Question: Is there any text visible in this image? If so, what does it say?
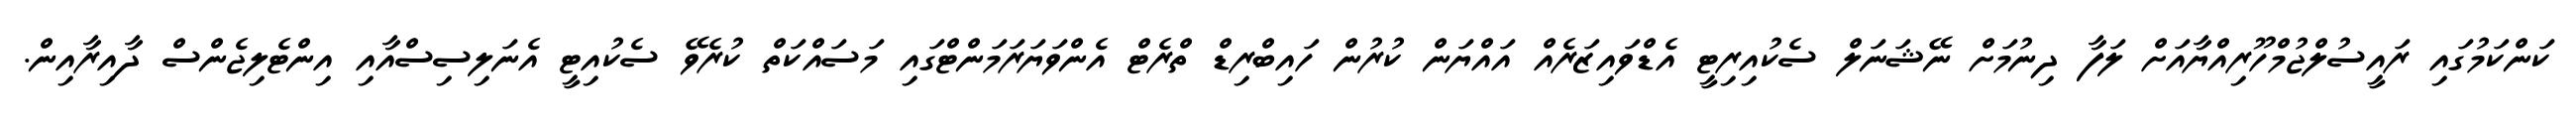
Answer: ކަންކަމުގައި ރައީސުލްޖުމްހޫރިއްޔާއަށް ލަފާ ދިނުމަށް ނޭޝަނަލް ސެކުއިރިޓީ އެޑްވައިޒަރެއް އައްޔަން ކުރުން ހައިބްރިޑް ތްރެޓް އެންވަޔަރަމަންޓްގައި މަސައްކަތް ކުރެވޭ ސެކުއިޓީ އެނަލިސިސްއާއި އިންޓެލިޖެންސް ދާއިރާއިން.